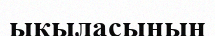
ықыласының